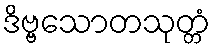
ဒိဗ္ဗသောတသုတ္တံ